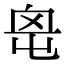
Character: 𡴓